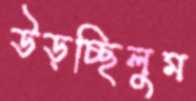
উড়চ্ছিলুম